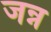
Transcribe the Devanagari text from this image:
जन्न